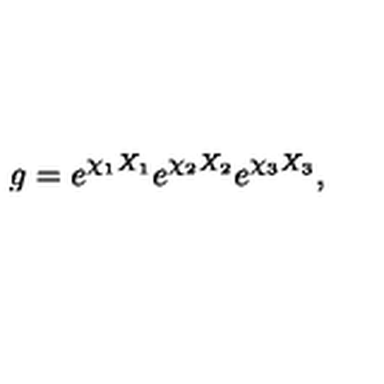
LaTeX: g = e ^ { \chi _ { 1 } X _ { 1 } } e ^ { \chi _ { 2 } X _ { 2 } } e ^ { \chi _ { 3 } X _ { 3 } } ,